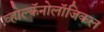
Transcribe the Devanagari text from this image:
व्होल्कॅनोलॉजिकल